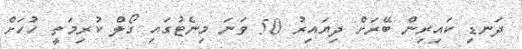
ދަނޑި ކައިރިން ބޭރަށް ދިޔައިރު 50 ވަނަ މިނެޓުގައި ގޯލް ކުރިމަތީ ހުހަށް